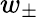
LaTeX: w_{\pm}